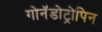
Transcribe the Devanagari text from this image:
गोनॅडोट्रोपिन